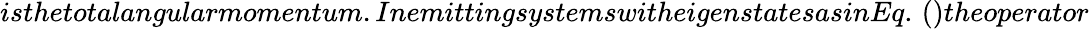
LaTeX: isthetotalangularmomentum.InemittingsystemswitheigenstatesasinEq.\, ()theoperator